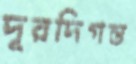
দূরদিগন্ত